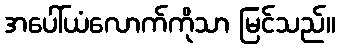
အပေါ်ယံလောက်ကိုသာ မြင်သည်။